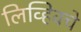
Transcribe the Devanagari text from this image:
लिव्हिवचे